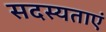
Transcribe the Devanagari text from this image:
सदस्यताएं